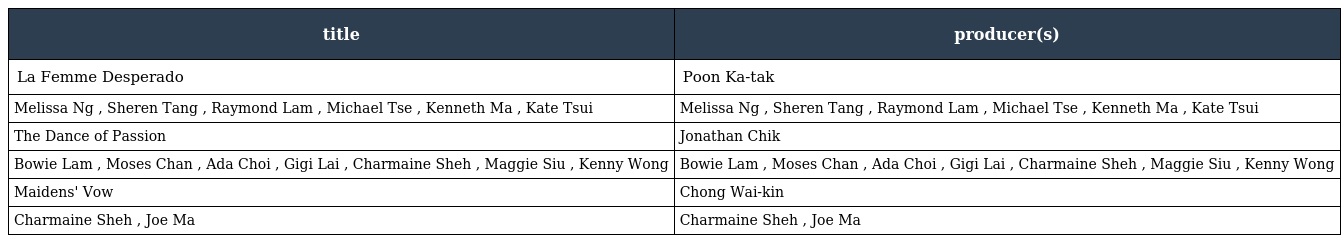
| title | producer(s) |
 | --- | --- |
 | La Femme Desperado | Poon Ka-tak 潘嘉德 |
 | Melissa Ng , Sheren Tang , Raymond Lam , Michael Tse , Kenneth Ma , Kate Tsui | Melissa Ng , Sheren Tang , Raymond Lam , Michael Tse , Kenneth Ma , Kate Tsui |
 | The Dance of Passion | Jonathan Chik 戚其義 |
 | Bowie Lam , Moses Chan , Ada Choi , Gigi Lai , Charmaine Sheh , Maggie Siu , Kenny Wong | Bowie Lam , Moses Chan , Ada Choi , Gigi Lai , Charmaine Sheh , Maggie Siu , Kenny Wong |
 | Maidens' Vow | Chong Wai-kin 莊偉建 |
 | Charmaine Sheh , Joe Ma | Charmaine Sheh , Joe Ma |